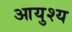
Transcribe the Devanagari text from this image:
आयुश्य